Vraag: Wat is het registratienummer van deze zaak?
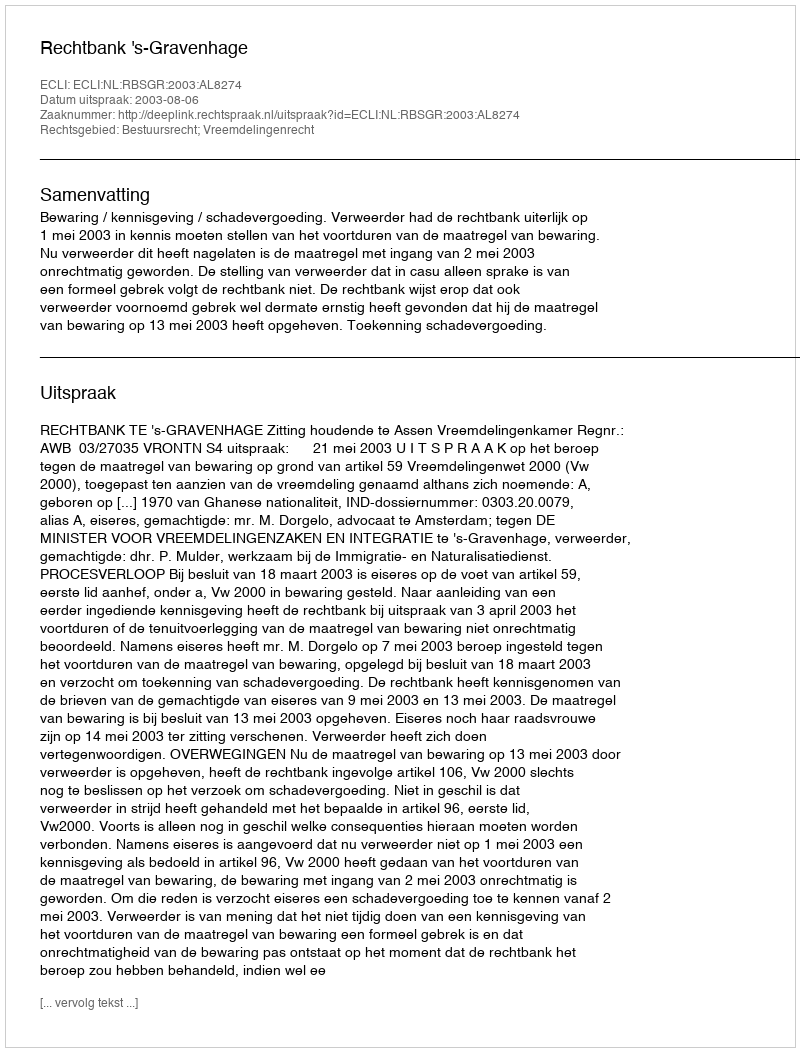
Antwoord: http://deeplink.rechtspraak.nl/uitspraak?id=ECLI:NL:RBSGR:2003:AL8274